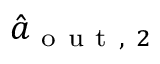
\hat { a } _ { \mathrm { ~ o ~ u ~ t ~ , ~ } 2 }